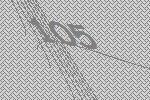
105